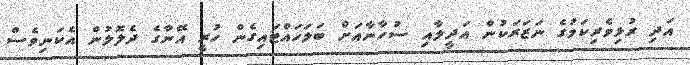
އަދި ރުޅިވެރިކަމުގެ ނަޒަރަކުން އަދީލާއި ސުހާނާއަށް ބަލަހައްޓައިގެން ހުރީ އޭނާގެ ދެލޮލުން އެކަނިވެސް